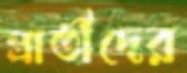
প্রার্তীদের